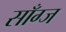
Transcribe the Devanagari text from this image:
साँग्ज